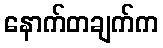
နောက်တချက်က